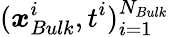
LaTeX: (\boldsymbol{x}_{Bulk}^{i},t^{i})_{i=1}^{N_{Bulk}}